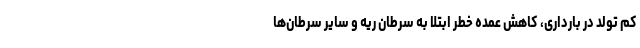
کم تولد در بارداری، کاهش عمده خطر ابتلا به سرطان ریه و سایر سرطان‌ها